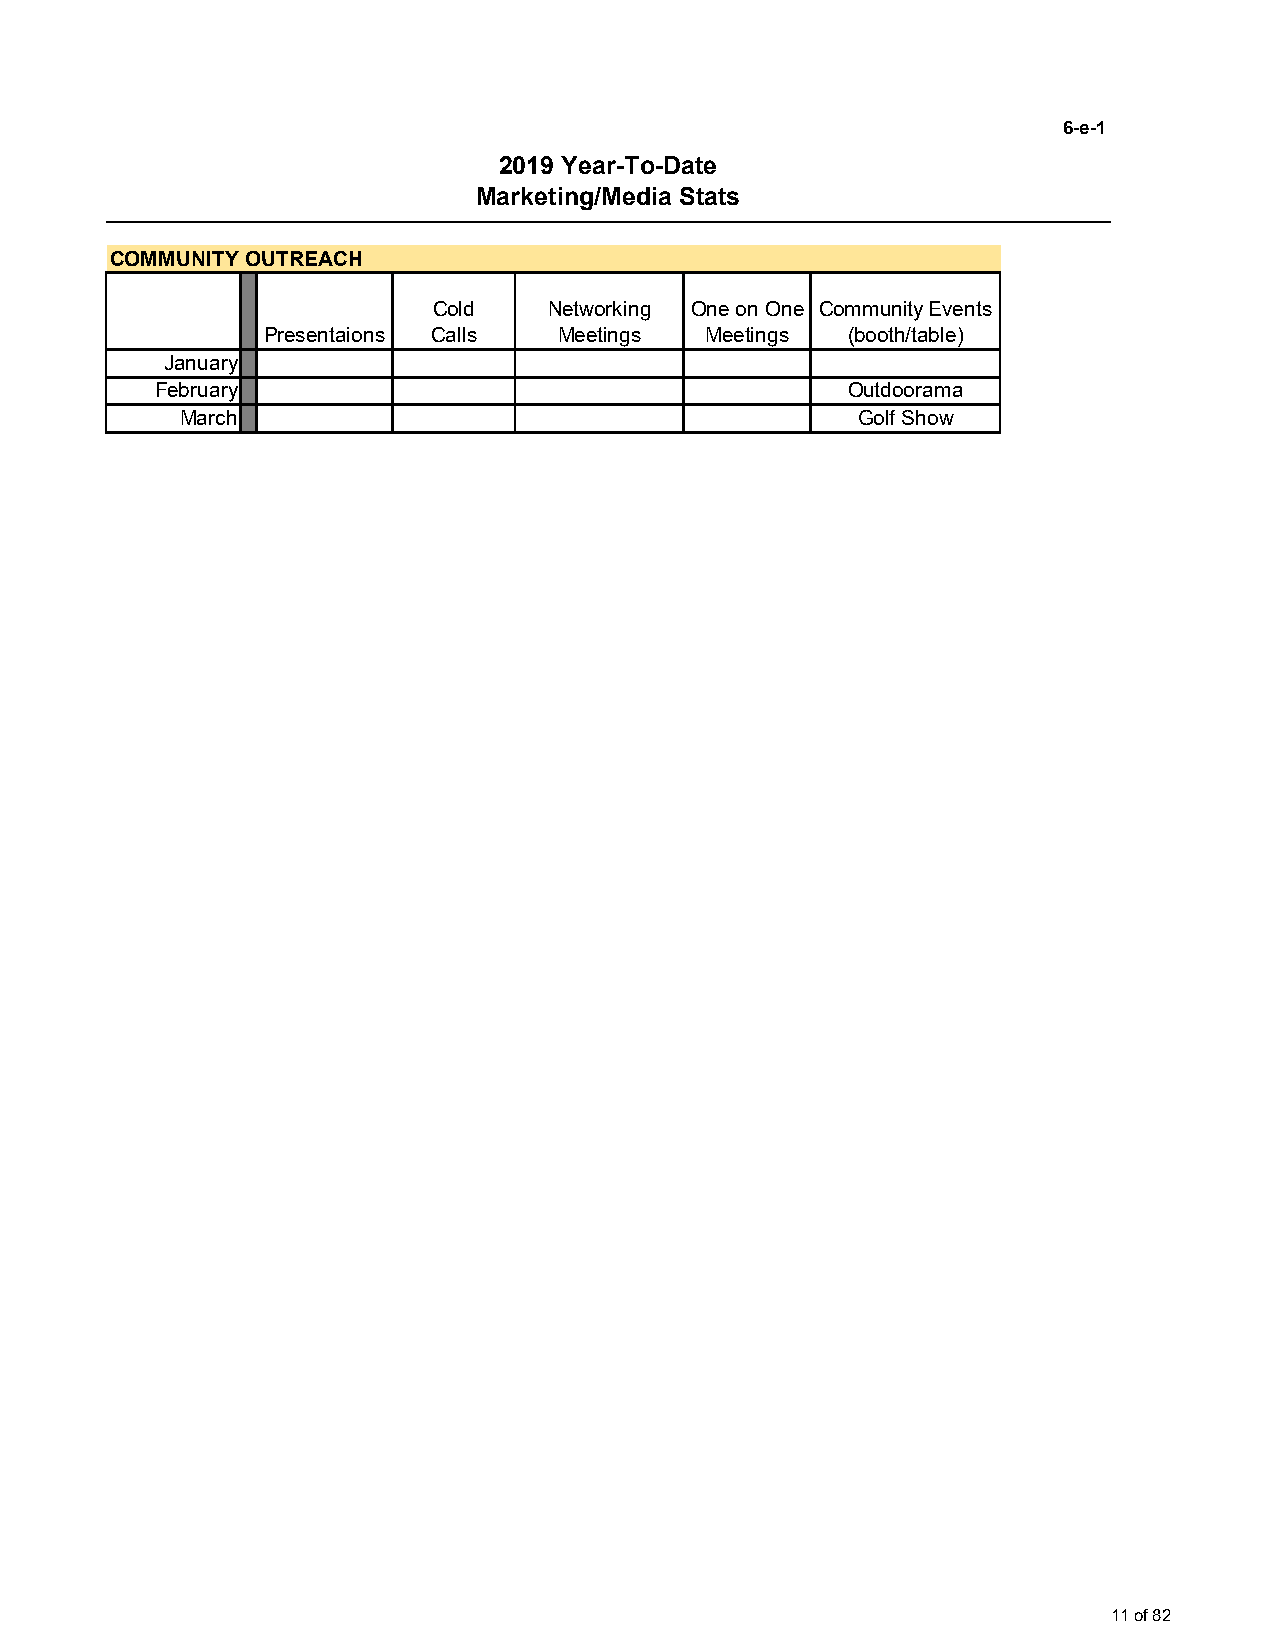
6-e-1
 2019 Year-To-Date
 Marketing/Media Stats
 COMMUNITY OUTREACH
 Cold    Networking One on One Community Events
 Presentaions Calls  Meetings Meetings  (booth/table)
 January
 February                                      Outdoorama
 March                                       Golf Show
 11 of 82